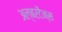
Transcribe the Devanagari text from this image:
अल्बरटैन्स